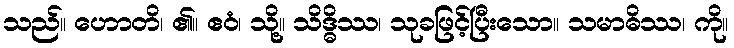
သည်။ ဟောတိ၊ ၏။ ဧဝံ၊ သို့။ သိဒ္ဓိဿ၊ သုခဖြင့်ပြီးသော။ သမာဓိဿ၊ ကို။